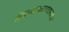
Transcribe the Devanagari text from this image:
लेखनप्रकारावरूनच